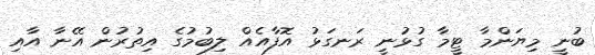
ބުނީ މިޔަންމާ ޓީމާ ގުޅުނީ ރަނގަޅު އޮފާއެއް ލިބުމުގެ އިތުރުން އޭނާ އާއި